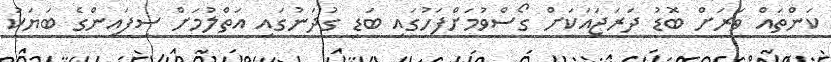
ކަންތައް ވަރަށް ބޮޑު ދަރަޖައަކަށް ގޯސްވުމަށްފަހުގައި ބަޑި ގުދަނުގައި އަތްލުމަށް ސިފައިންގެ ބަޔަކު